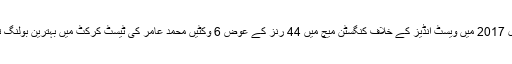
اپریل 2017 میں ویسٹ انڈیز کے خلاف کنگسٹن میچ میں 44 رنز کے عوض 6 وکٹیں محمد عامر کی ٹیسٹ کرکٹ میں بہترین بولنگ تھی۔